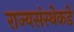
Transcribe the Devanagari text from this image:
राज्यसंस्थेकडे